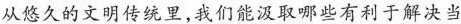
从悠久的文明传统里，我们能汲取哪些有利于解决当